Vaccine operations Central Provinces 1886-1899 - 1886-1899
Year: 1886
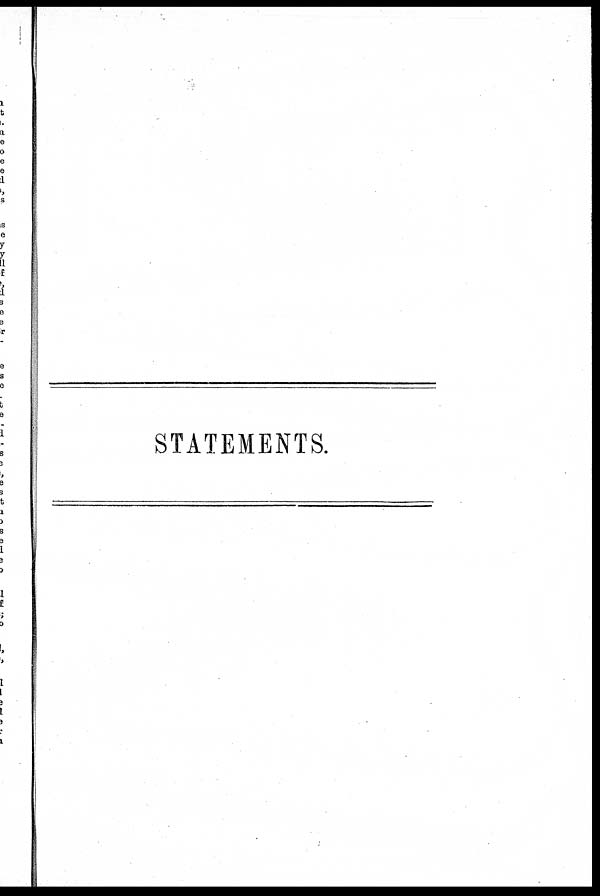
STATEMENTS.